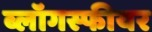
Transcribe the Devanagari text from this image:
ब्लॉगस्फीयर